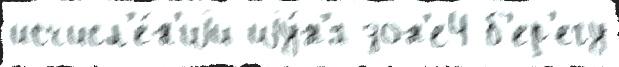
исчисл'е́н'иjи иjу́н'я зон'е4 б'ер'егу